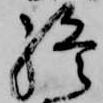
終